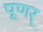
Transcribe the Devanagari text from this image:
पूणर्